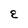
Character: E